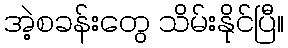
အဲ့စခန်းတွေ သိမ်းနိုင်ပြီ။